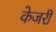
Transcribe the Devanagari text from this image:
केजरी